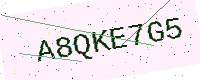
Text: A8QKE7G5